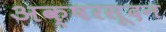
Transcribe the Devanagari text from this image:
अक्षरसूदन